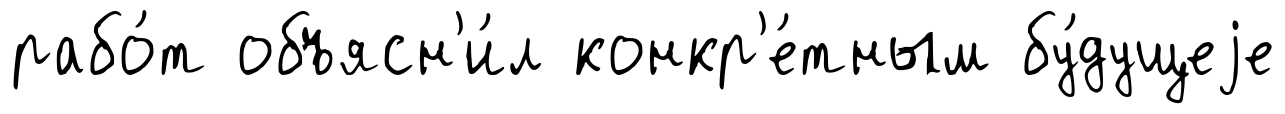
рабо́т объясн'и́л конкр'е́тным бу́дущеjе